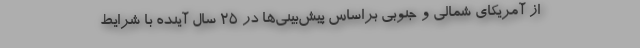
از آمریکای شمالی و جنوبی براساس پیش‌بینی‌ها در ۲۵ سال آینده با شرایط